Tartu_kinnistusamet, lk 101
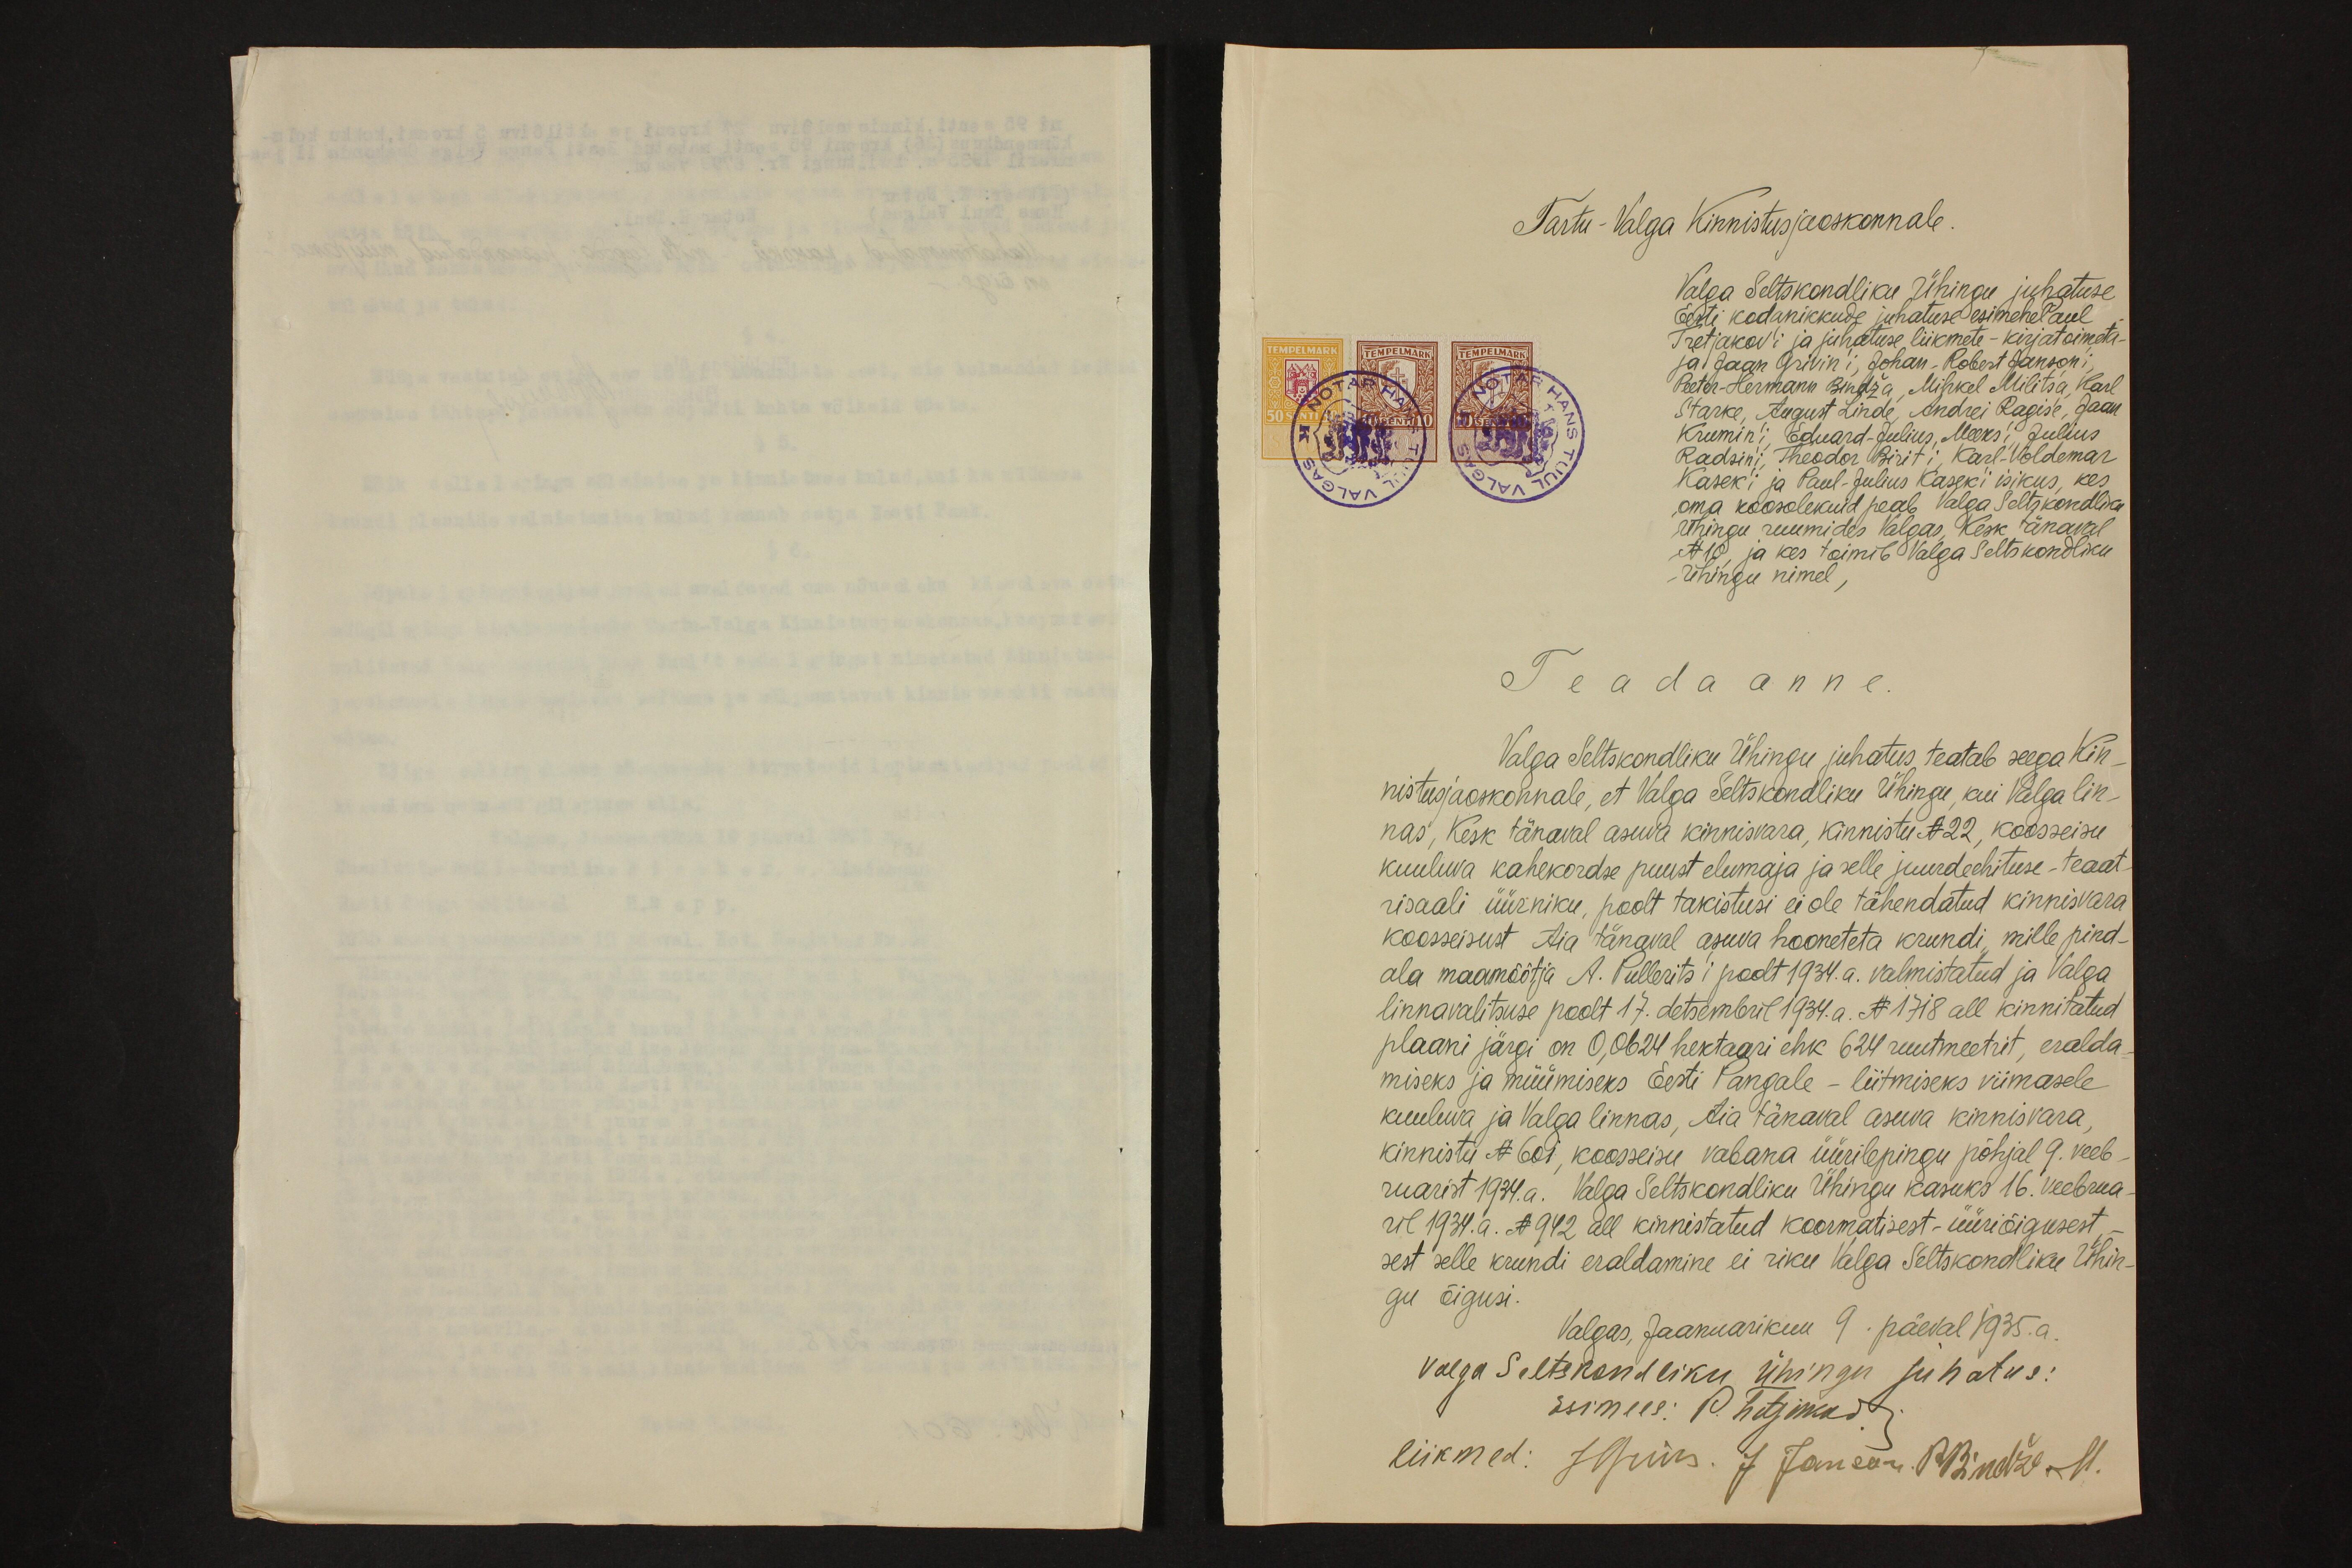
Tartu-Valga Kinnistusjaoskonnale.
Valga Seltskondliku Ühingu juhatuse
Eesti kodanikkude juhatuse esimehe Paul
Tretjakov'i ja juhatuse liikmete - kirjatoimeta-
ja Jaan Grivin'i, Johan-Robert Janson'i,
Peeter-Hermann Bindža, Mihkel Militsa, Karl
Starke, August Linde, Andrei Ragise, Jaan
Krumin'i, Eduard-Julius, Meeks'i Julius
Radsini Theodor Birit'i, Karl-Voldemar
Kasek'i ja Paul-Julius Kaseki isikus, kes
oma koosolekuid peab Valga Seltskondliku
ühingu ruumides Valgas, Kesk tänaval
No10, ja kes toimib Valga Seltskondliku
Ühingu nimel,
T e a d a a n n e.
Valga Seltskondliku Ühingu juhatus teatab seega kin-
nistusjaokonnale, et Valga Seltskondliku Ühingu, kui Valga lin-
nas, Kesk tänaval asuva kinnisvara, kinnistu No 22, koosseisu
kuuluva kahekordse puust elumaja ja selle juurdeehituse - teaat-
risaali üürniku, poolt takistusi ei ole tähendatud kinnisvara
koosseisust Aia tänaval asuva hooneteta krundi, mille pind-
ala maamõõtja A. Pullerits'i poolt 1934.a. valmistatud ja Valga
linnavalitsuse poolt 17. detsembril 1934.a. No 1718 all kinnitatud
plaani järgi on 0,0624 hektaari ehk 624 ruutmeetrit, eralda
miseks ja müümiseks Eesti Pangale - liitmiseke viimasele
kuuluva ja Valga linnas, Aia tänaval asuva kinnisvara.
kinnistu. No 601, koosseisu vabana üürilepingu põhjal 9. veeb-
ruarist 1934.a. Valga Seltskondliku Ühingu kasuks 16. veebrua
ril 1934. a. No 942 all kinnistatud koormatisest - üüriõigusest.
sest selle krundi eraldamine ei riku Valga Seltskondliku Ühin-
gu õigusi.
Valgas, Jaanuarikuu 9. päeval 1935. a.
Valga Seltskondliku ühingu juhatus:
esimees: P. Titjikad.
liikmed: Жугия. J. Janson. P. Lindre - M.